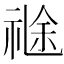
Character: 𥚤